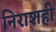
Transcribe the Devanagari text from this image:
निराशही